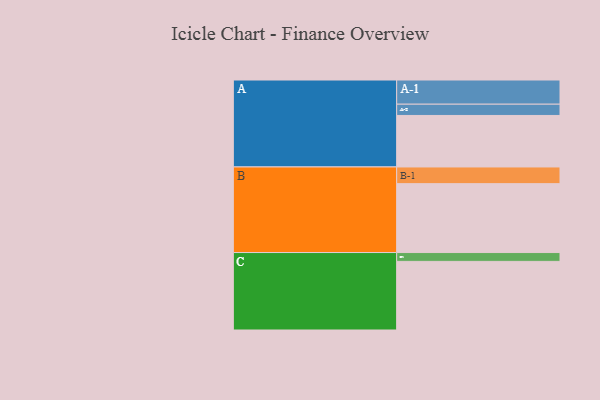
{"axis": {"x": "Segment", "y": "Value"}, "legend": ["", "A", "B", "C"], "data": [{"x": "A", "y": 379, "type": ""}, {"x": "B", "y": 507, "type": ""}, {"x": "C", "y": 505, "type": ""}, {"x": "A-1", "y": 178, "type": "A"}, {"x": "A-2", "y": 83, "type": "A"}, {"x": "B-1", "y": 123, "type": "B"}, {"x": "C-1", "y": 65, "type": "C"}]}